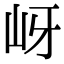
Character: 岈